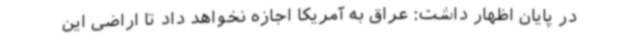
در پایان اظهار داشت: عراق به آمریکا اجازه نخواهد داد تا اراضی این